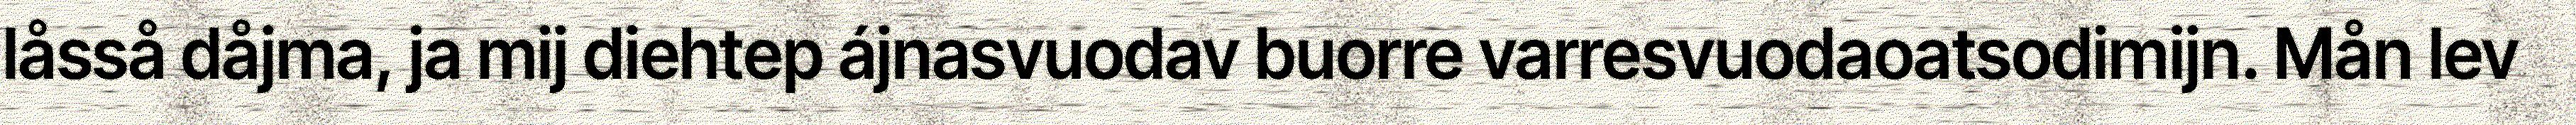
låsså dåjma, ja mij diehtep ájnasvuodav buorre varresvuodaoatsodimijn. Mån lev